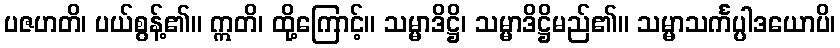
ပဇဟတိ၊ ပယ်စွန့်၏။ ဣတိ၊ ထို့ကြောင့်။ သမ္မာဒိဋ္ဌိ၊ သမ္မာဒိဋ္ဌိမည်၏။ သမ္မာသင်္ကပ္ပါဒယောပိ၊